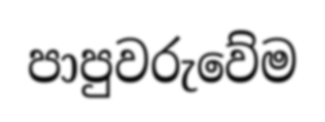
පාපුවරුවේම